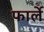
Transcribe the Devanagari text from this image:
फार्ले